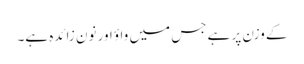
کے وزن پر ہے جس میں واؤ اور نون زائدہ ہے۔